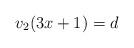
LaTeX: \begin{align*} v_{2}(3x+1)=d\end{align*}